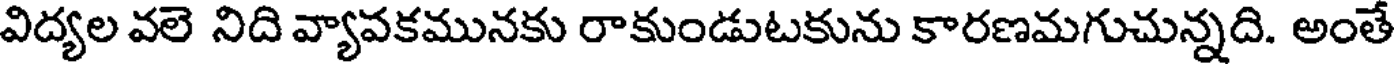
విద్యల వలె నిది వ్యావకమునకు రాకుండుటకును కారణమగుచున్నది. అంతే